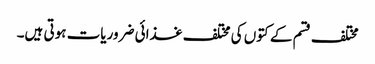
مختلف قسم کے کتوں کی مختلف غذائی ضروریات ہوتی ہیں۔